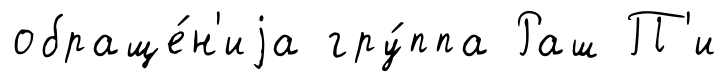
обраще́н'иjа гру́ппа Раш П'и